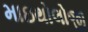
માઇથોલોજી